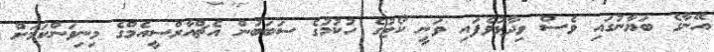
އޭނާގެ ބަޔާނުގައި ވެސް ވިދާޅުވެފައި ވަނީ ކޯޓުގެ ހުކުމުގެ ސަަބަބުން އެޗްއާރްސީއެމްގެ މިނިވަންކަމަށް